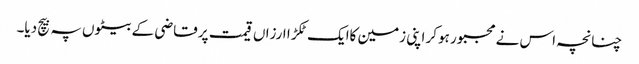
چنانچہ اس نے مجبور ہوکر اپنی زمین کاایک ٹکڑ ا ارزاں قیمت پر قاضی کے بیٹوں پہ بیچ دیا۔